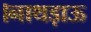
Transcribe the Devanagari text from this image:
।नाथड़ाऊ